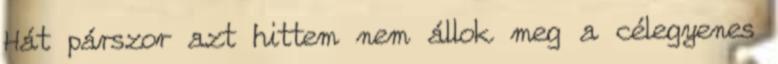
Hát párszor azt hittem nem állok meg a célegyenes